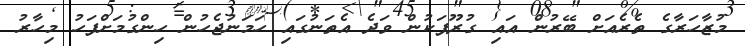
މުޒާހަރާގެ ތެރެއަށް ބޭރުން އައި ގުރޫޕަކުން ވަދެ އެތަނުގައި ހަމަނުޖެހުން ހިންގުމަށްފަހު މިހާރު